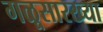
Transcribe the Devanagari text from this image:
गळूसारख्या